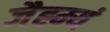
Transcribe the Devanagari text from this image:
जैह्म्यं